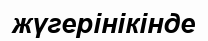
жүгерінікінде